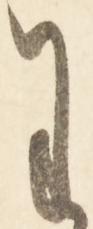
わ